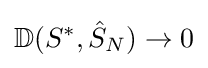
\mathbb {D} (S^{*},{\hat {S}}_{N})\rightarrow 0